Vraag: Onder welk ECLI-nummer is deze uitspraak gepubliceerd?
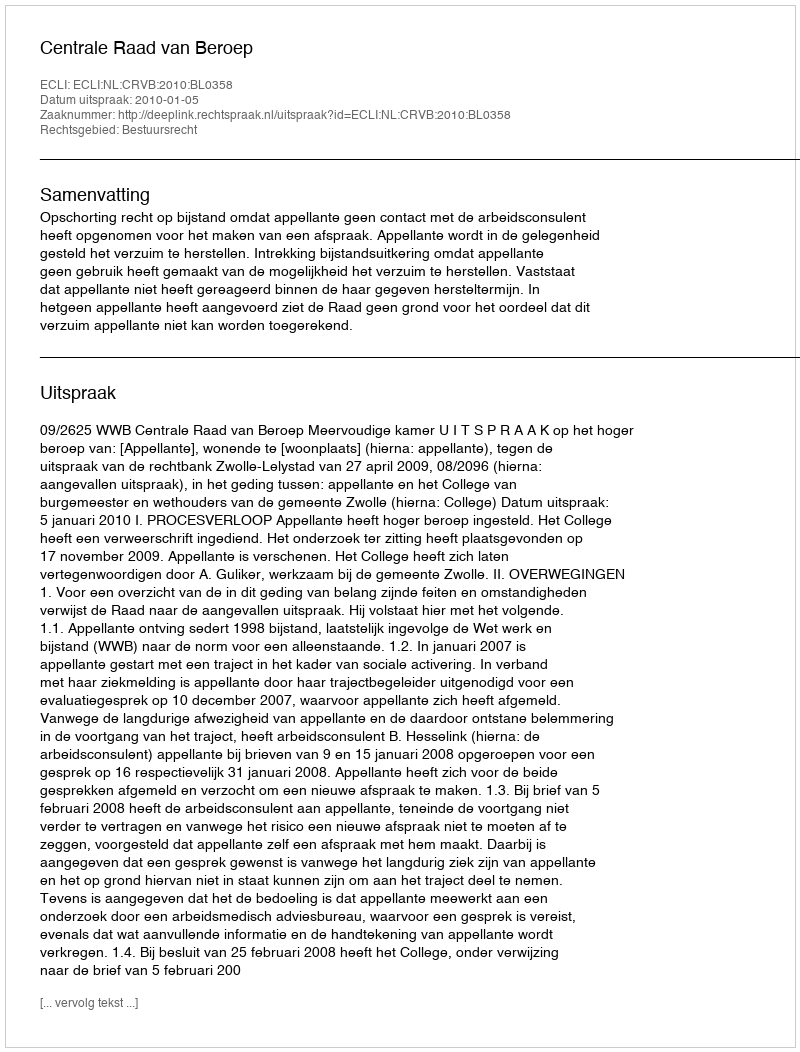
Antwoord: ECLI:NL:CRVB:2010:BL0358